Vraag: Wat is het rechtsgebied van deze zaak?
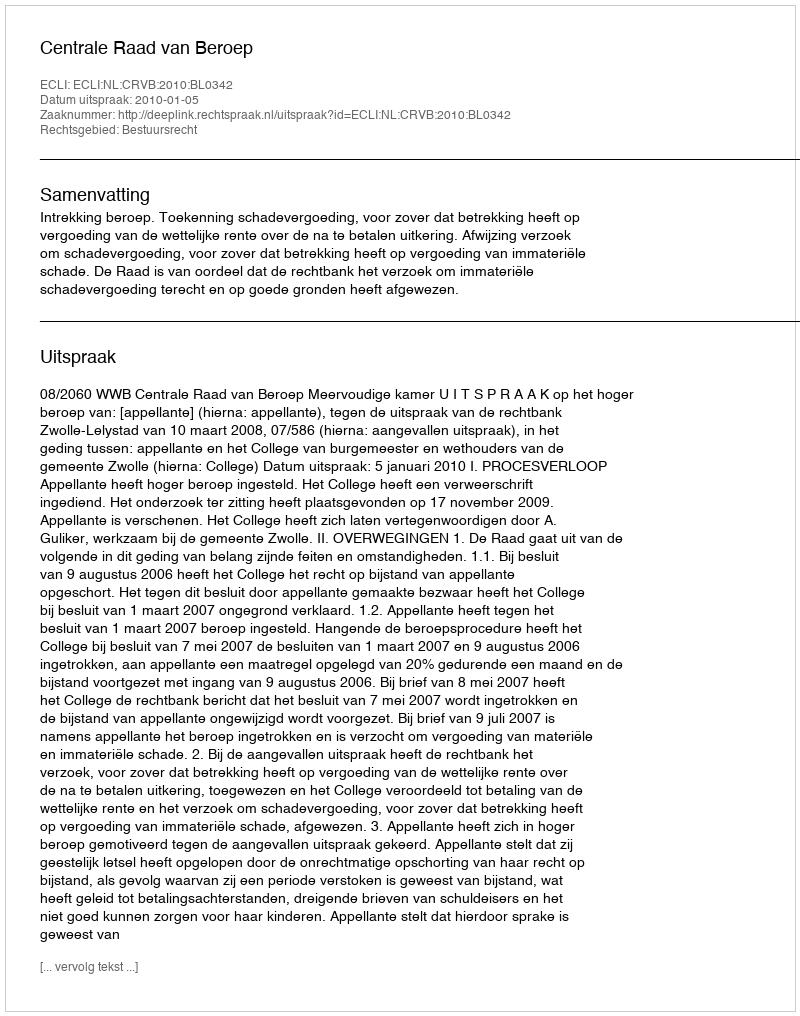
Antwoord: Bestuursrecht